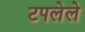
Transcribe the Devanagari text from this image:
टपलेले